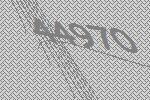
44970